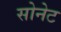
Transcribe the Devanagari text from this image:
सोनेट